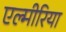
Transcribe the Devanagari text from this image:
एल्मीरिया